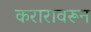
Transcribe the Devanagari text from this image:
करारावरून